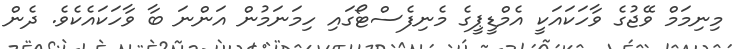
މިނިމަމް ވޭޖުގެ ވާހަކައަކީ އެމްޑީޕީގެ މެނިފެސްޓޯގައި ހިމަނަމުން އަންނަ ބާ ވާހަކައެކެވެ. ދެން